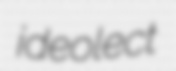
ideolect